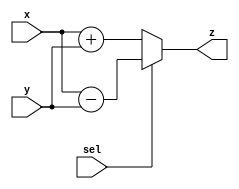
module addSubNbits 
# (parameter N = 4)
(
    input wire [N:0] x,
    input wire [N:0] y,
    input sel,
    output wire [N+1:0] z
);

assign z = (sel==0) ? {1'b0, x} + {1'b0, y} : {1'b0, x} - {1'b0, y} ;

endmodule